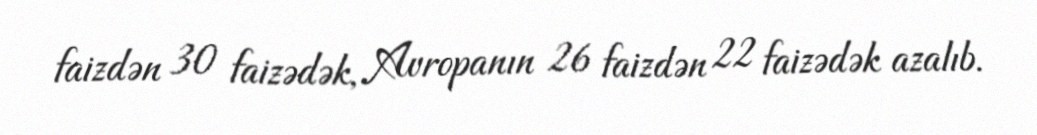
faizdən 30 faizədək, Avropanın 26 faizdən 22 faizədək azalıb.